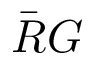
\bar { R } G